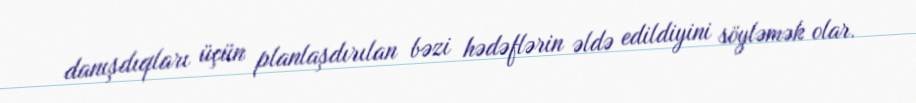
danışdıqları üçün planlaşdırılan bəzi hədəflərin əldə edildiyini söyləmək olar.